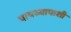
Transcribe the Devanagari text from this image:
पायथ्यापाशी